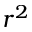
r ^ { 2 }